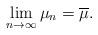
LaTeX: \begin{align*} \lim_{n\to \infty} \mu_n = \overline \mu.\end{align*}